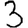
Digit: 3